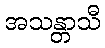
အသန္တာသီ